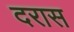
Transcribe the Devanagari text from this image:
दरास